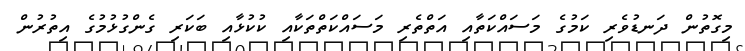
މިގޮތުން ދަނޑުވެރި ކަމުގެ މަސައްކަތާއި އަތްތެރި މަސައްކަތްތަކާއި ކުކުޅާއި ބަކަރި ގެންގުޅުމުގެ އިތުރުން